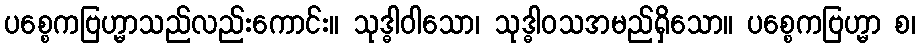
ပစ္စေကဗြဟ္မာသည်လည်းကောင်း။ သုဒ္ဓါဝါသော၊ သုဒ္ဓါဝသအမည်ရှိသော။ ပစ္စေကဗြဟ္မာ စ၊